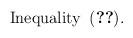
LaTeX: \begin{align*}~ \operatorname{Inequality} ~ (\ref{FRAMEINEQUALITYBANACH}). \end{align*}